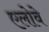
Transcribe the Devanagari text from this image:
एलोवे